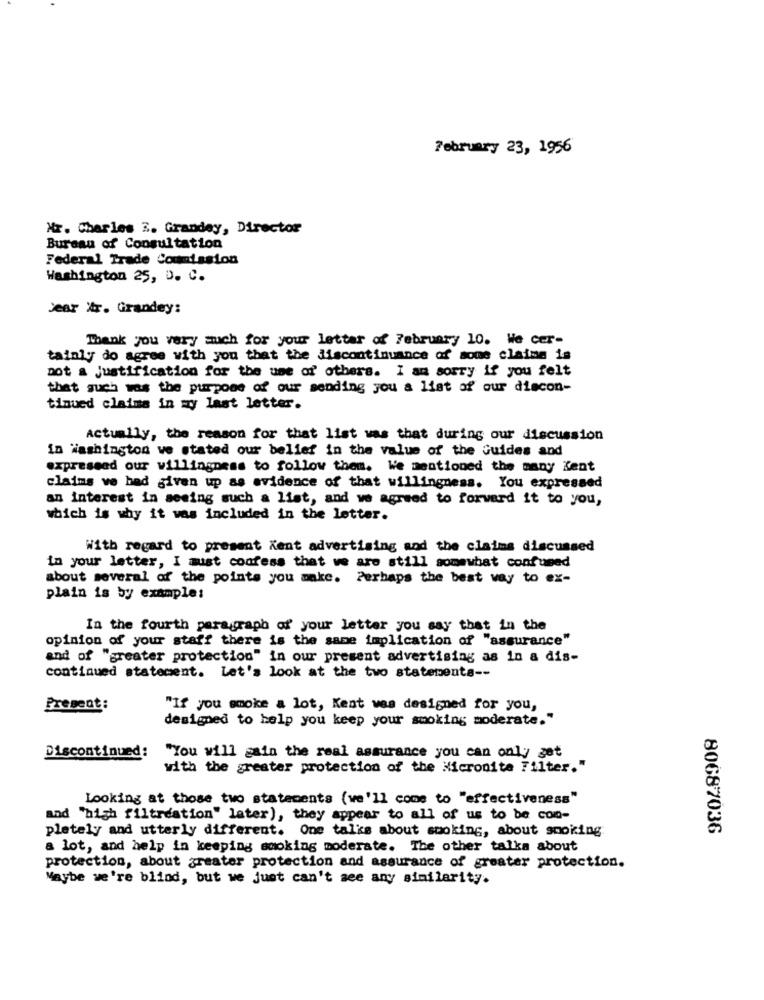
February 23, 1956
Nr. Charles ?. Grandey, Director
Bureau of Consultation
Federal Trade Countssion
Washington 25, D. C.
Jear Xx. Grandey:
Thank you very much for your letter of February 10. We cer-
tainly do agree with you that the discontinuance of some claims is
pot & justification for the use of others. I am sorry if you felt
that such was the purpose of our sending you a list of our discon-
tinued claims in my last letter.
Actually, the reason for that list was that during our discussion
in Washington ve stated our belief in the value of the Guides and
expressed our willingness to follow them. We mentioned the many Kent
claims ve had given up as evidence of that willingness. You expressed
an interest in seeing such a list, and we agreed to forward it to you,
which is why it was included in the letter.
With regard to present Kent advertising and the claims discussed
in your letter, I must confess that we are still somewhat confused
about several of the points you anke. Perhaps the best way to ex-
plain is by example:
In the fourth paragraph of your letter you say that in the
opinion of your staff there is the same implication of "assurance"
and of "greater protection" in our present advertising as in a dis-
continued statement. Let's look at the two statements --
Present:
"If you smoke a lot, Kent was designed for you,
designed to help you keep your smoking moderate."
Discontinued:
"You will gain the real assurance you can only get
with the greater protection of the Micronite Filter."
Looking at those two statements (we'll come to "effectiveness"
and "high filtreation" later), they appear to all of us to be con-
pletely and utterly different. One talks about smoking, about smoking
80687036
a lot, and help in keeping smoking moderate. The other talks about
protection, about greater protection and assurance of greater protection.
Maybe we're blind, but we just can't see any similarity.